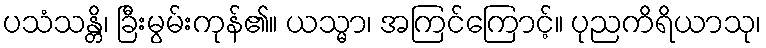
ပသံသန္တိ၊ ခြီးမွမ်းကုန်၏။ ယသ္မာ၊ အကြင်ကြောင့်။ ပုညကိရိယာသု၊